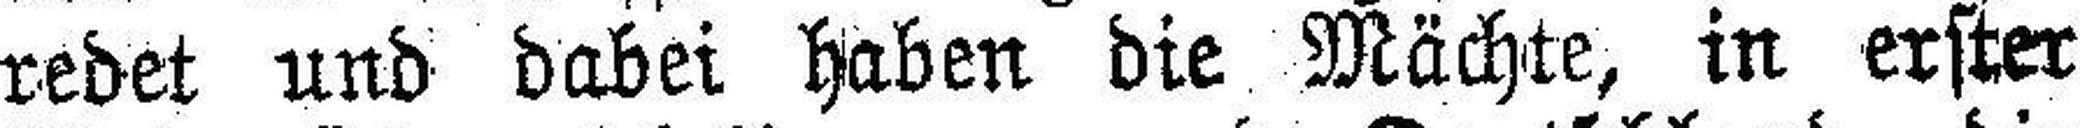
redet und dabei haben die Mächte, in erster